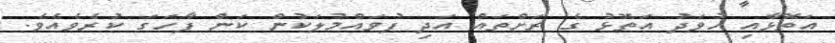
އަތޮޅާއި ހުވަދު އަތޮޅު ގެ ރަށްތައް އަދި ފުވައްމުލަކުން ކަން ފާހަގަ ކުރެވެއެވެ.